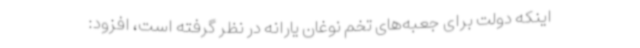
اینکه دولت برای جعبه‌های تخم نوغان یارانه در نظر گرفته است، افزود: